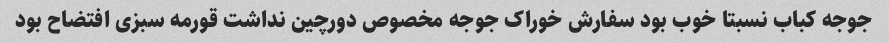
جوجه کباب نسبتا خوب بود سفارش خوراک جوجه مخصوص دورچین نداشت قورمه سبزی افتضاح بود